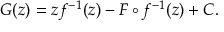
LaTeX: G ( z ) = z f ^ { - 1 } ( z ) - F \circ f ^ { - 1 } ( z ) + C .